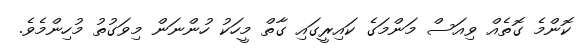
ކޮންމެ ގޮތެއް ވިއަސް މަންމަގެ ކައިރީގައި ގާތް މީހަކު ހުންނަން މިވަގުތު މުހިންމެވެ.